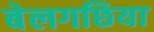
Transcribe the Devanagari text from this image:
बेलगछिया